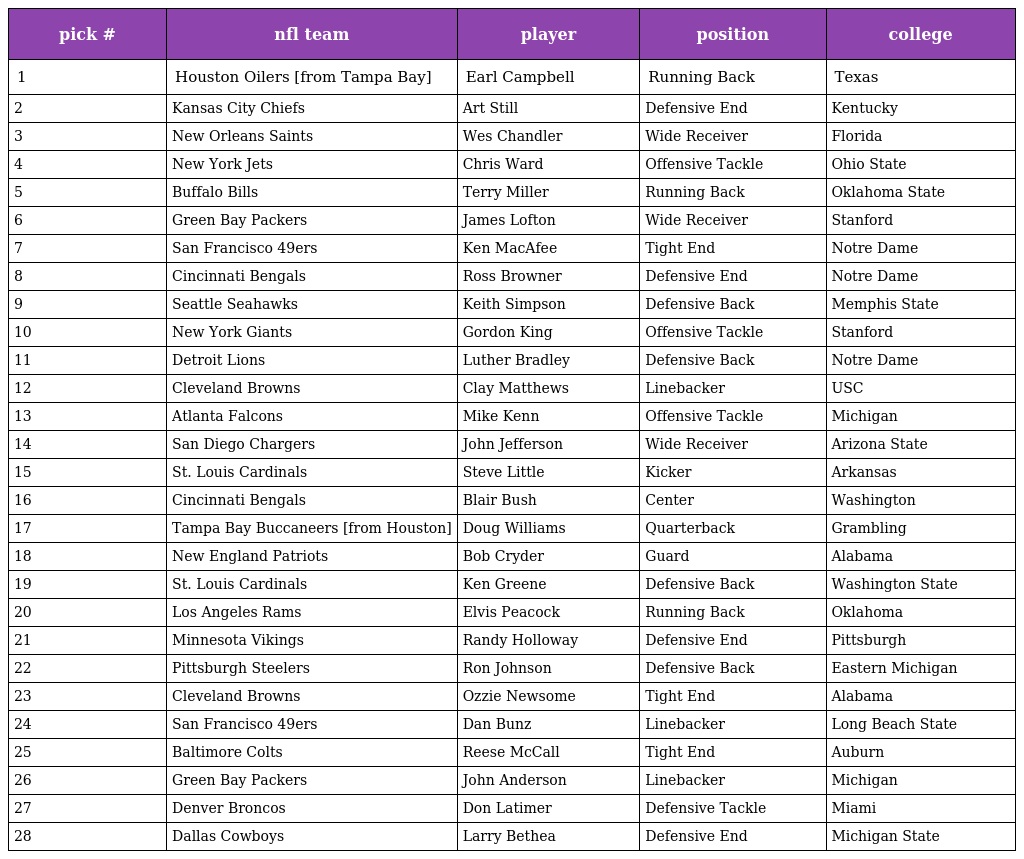
| pick # | nfl team | player | position | college |
 | --- | --- | --- | --- | --- |
 | 1 | Houston Oilers [from Tampa Bay] | Earl Campbell | Running Back | Texas |
 | 2 | Kansas City Chiefs | Art Still | Defensive End | Kentucky |
 | 3 | New Orleans Saints | Wes Chandler | Wide Receiver | Florida |
 | 4 | New York Jets | Chris Ward | Offensive Tackle | Ohio State |
 | 5 | Buffalo Bills | Terry Miller | Running Back | Oklahoma State |
 | 6 | Green Bay Packers | James Lofton | Wide Receiver | Stanford |
 | 7 | San Francisco 49ers | Ken MacAfee | Tight End | Notre Dame |
 | 8 | Cincinnati Bengals | Ross Browner | Defensive End | Notre Dame |
 | 9 | Seattle Seahawks | Keith Simpson | Defensive Back | Memphis State |
 | 10 | New York Giants | Gordon King | Offensive Tackle | Stanford |
 | 11 | Detroit Lions | Luther Bradley | Defensive Back | Notre Dame |
 | 12 | Cleveland Browns | Clay Matthews | Linebacker | USC |
 | 13 | Atlanta Falcons | Mike Kenn | Offensive Tackle | Michigan |
 | 14 | San Diego Chargers | John Jefferson | Wide Receiver | Arizona State |
 | 15 | St. Louis Cardinals | Steve Little | Kicker | Arkansas |
 | 16 | Cincinnati Bengals | Blair Bush | Center | Washington |
 | 17 | Tampa Bay Buccaneers [from Houston] | Doug Williams | Quarterback | Grambling |
 | 18 | New England Patriots | Bob Cryder | Guard | Alabama |
 | 19 | St. Louis Cardinals | Ken Greene | Defensive Back | Washington State |
 | 20 | Los Angeles Rams | Elvis Peacock | Running Back | Oklahoma |
 | 21 | Minnesota Vikings | Randy Holloway | Defensive End | Pittsburgh |
 | 22 | Pittsburgh Steelers | Ron Johnson | Defensive Back | Eastern Michigan |
 | 23 | Cleveland Browns | Ozzie Newsome | Tight End | Alabama |
 | 24 | San Francisco 49ers | Dan Bunz | Linebacker | Long Beach State |
 | 25 | Baltimore Colts | Reese McCall | Tight End | Auburn |
 | 26 | Green Bay Packers | John Anderson | Linebacker | Michigan |
 | 27 | Denver Broncos | Don Latimer | Defensive Tackle | Miami |
 | 28 | Dallas Cowboys | Larry Bethea | Defensive End | Michigan State |